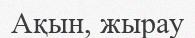
Ақын, жырау